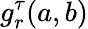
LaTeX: g_{r}^{\tau}(a,b)